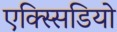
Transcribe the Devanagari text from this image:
एक्स्सिडियो